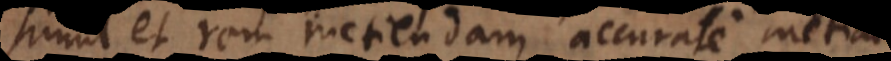
simul et rem metiendam accurate metiatur.